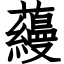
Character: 蘰